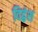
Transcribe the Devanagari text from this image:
विद्वंश